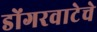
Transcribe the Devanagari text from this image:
डोंगरवाटेचे